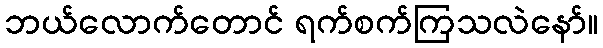
ဘယ်လောက်တောင် ရက်စက်ကြသလဲနော်။